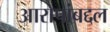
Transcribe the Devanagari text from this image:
आरोपांबद्दल